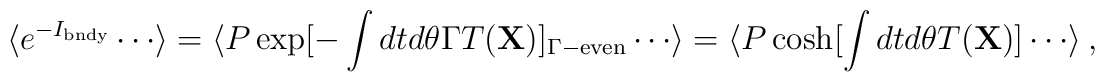
\langle e^{-I_{\rm bndy}} \cdots \rangle = \langle P \exp[-\int dt d\theta \Gamma T({\bf X})]_{\Gamma-{\rm even}}\cdots \rangle= \langle P \cosh[\int dt d\theta T({\bf X})]\cdots \rangle ~,